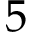
5